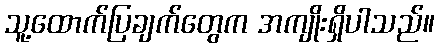
သူ့ထောက်ပြချက်တွေက အကျိုးရှိပါသည်။